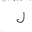
Letter: _lam